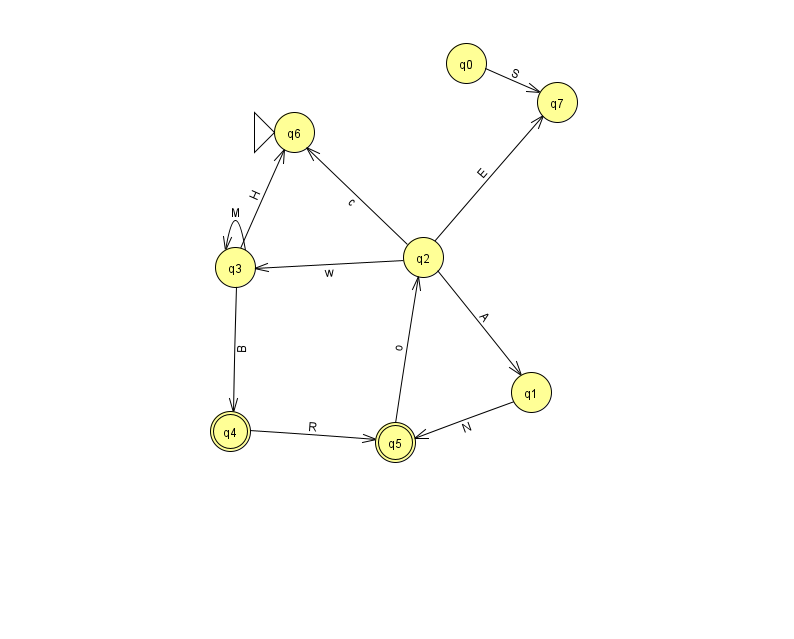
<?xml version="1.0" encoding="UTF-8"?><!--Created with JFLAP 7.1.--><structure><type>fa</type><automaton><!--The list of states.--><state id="0" name="q0"><x>466.0</x><y>50.0</y></state><state id="1" name="q1"><x>531.0</x><y>379.0</y></state><state id="2" name="q2"><x>423.0</x><y>244.0</y></state><state id="3" name="q3"><x>235.0</x><y>254.0</y></state><state id="4" name="q4"><x>230.0</x><y>418.0</y><final/></state><state id="5" name="q5"><x>395.0</x><y>429.0</y><final/></state><state id="6" name="q6"><x>294.0</x><y>119.0</y><initial/></state><state id="7" name="q7"><x>557.0</x><y>89.0</y></state><!--The list of transitions.--><transition><from>2</from><to>6</to><read>c</read></transition><transition><from>0</from><to>7</to><read>S</read></transition><transition><from>5</from><to>2</to><read>o</read></transition><transition><from>3</from><to>6</to><read>H</read></transition><transition><from>2</from><to>3</to><read>w</read></transition><transition><from>2</from><to>1</to><read>A</read></transition><transition><from>3</from><to>3</to><read>M</read></transition><transition><from>3</from><to>4</to><read>B</read></transition><transition><from>1</from><to>5</to><read>N</read></transition><transition><from>4</from><to>5</to><read>R</read></transition><transition><from>2</from><to>7</to><read>E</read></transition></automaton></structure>